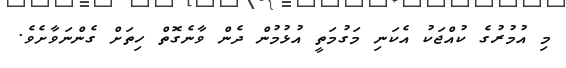
މި އުމުރުގެ ކުއްޖަކު އެކަނި މަގުމަތީ އުޅުމުން ދެން ވާނެގޮތް ހިތަށް ގެންނަވާށެވެ.